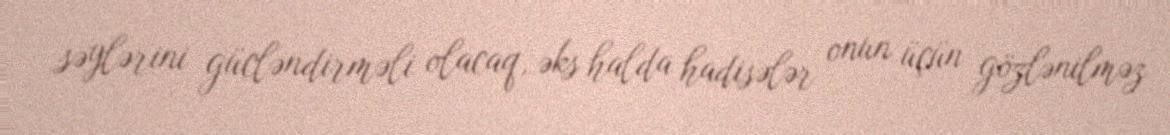
səylərini gücləndirməli olacaq, əks halda hadisələr onun üçün gözlənilməz